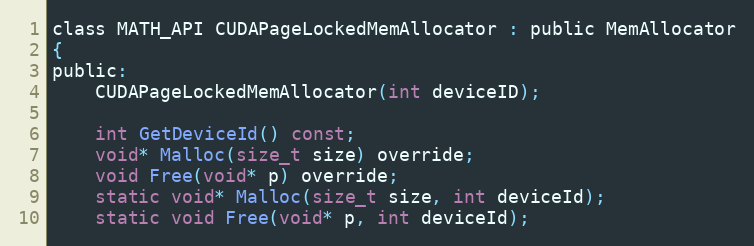
Language: C
class MATH_API CUDAPageLockedMemAllocator : public MemAllocator
{
public:
    CUDAPageLockedMemAllocator(int deviceID);

    int GetDeviceId() const;
    void* Malloc(size_t size) override;
    void Free(void* p) override;
    static void* Malloc(size_t size, int deviceId);
    static void Free(void* p, int deviceId);